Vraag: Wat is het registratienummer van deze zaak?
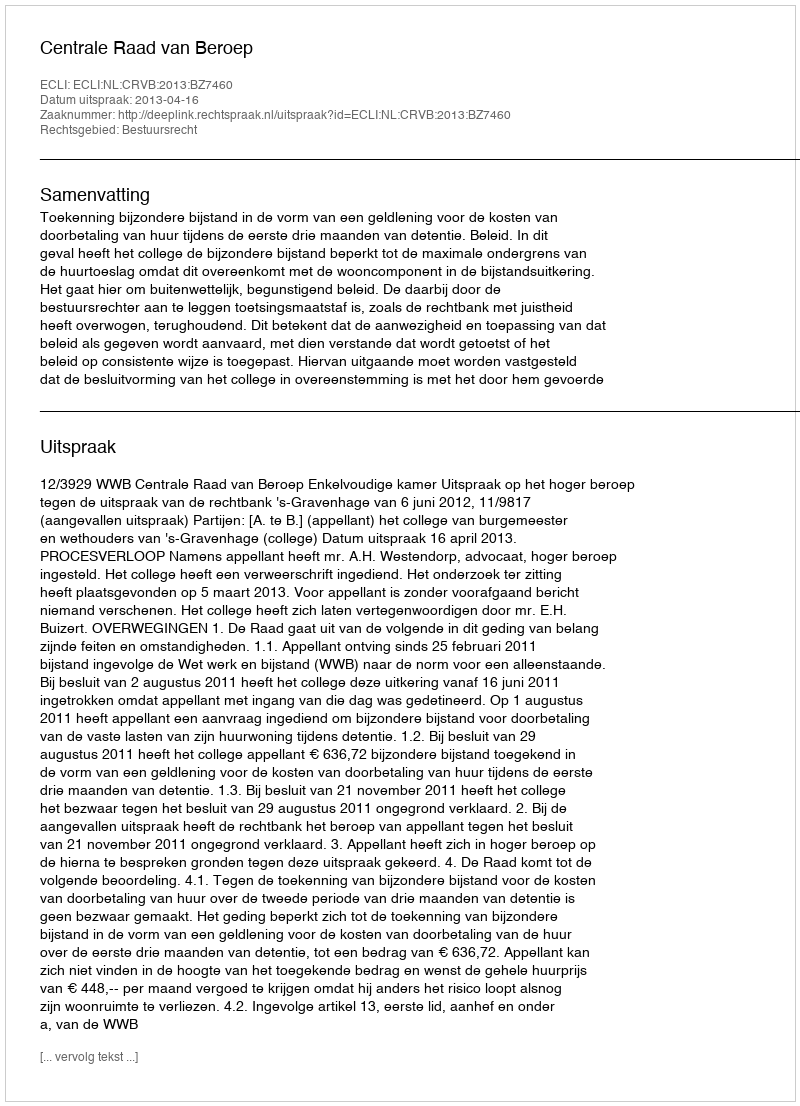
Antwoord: http://deeplink.rechtspraak.nl/uitspraak?id=ECLI:NL:CRVB:2013:BZ7460